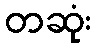
တဆုံး